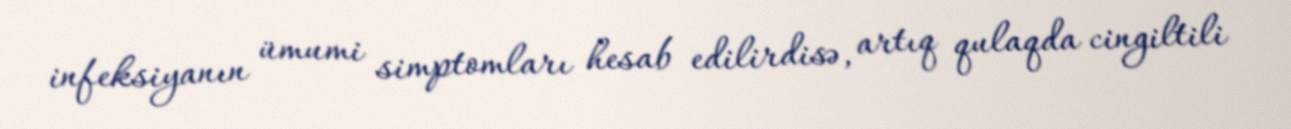
infeksiyanın ümumi simptomları hesab edilirdisə, artıq qulaqda cingiltili